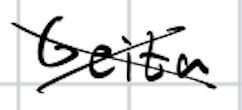
Text: Geita
Cross-out: cross
Writing tool: digital_black